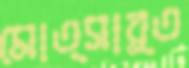
মোত্সার্ত